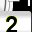
Digit: 2